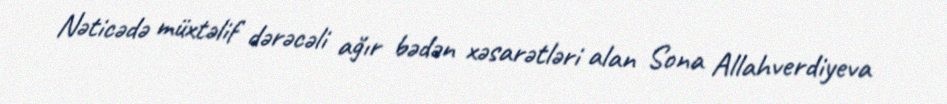
Nəticədə müxtəlif dərəcəli ağır bədən xəsarətləri alan Sona Allahverdiyeva